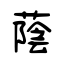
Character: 蔭